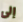
إلى